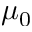
\mu _ { 0 }